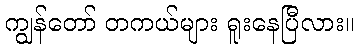
ကျွန်တော် တကယ်များ ရူးနေပြီလား။